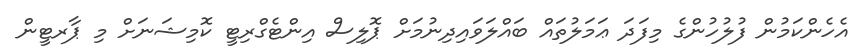
އެހެންކަމުން ފުލުހުންގެ މިފަދަ ޢަމަލުތައް ބައްލަވައިދިނުމަށް ޕޮލިސް އިންޓެގްރިޓީ ކޮމިޝަނަށް މި ޕާރޓީން